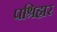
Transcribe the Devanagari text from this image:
पश्रिहार